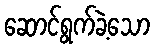
ဆောင်ရွက်ခဲ့သော